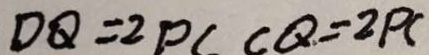
D Q = 2 P C C Q = 2 P C